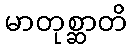
မာတုစ္ဆာတိ